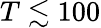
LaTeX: T\lesssim 100